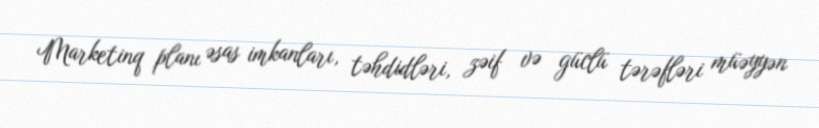
Marketinq planı əsas imkanları, təhdidləri, zəif və güclü tərəfləri müəyyən